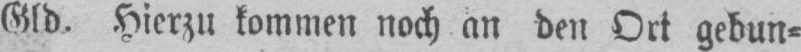
Gld. Hierzu kommen noch an den Ort gebun⸗